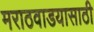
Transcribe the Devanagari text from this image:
मराठवाडयासाठी